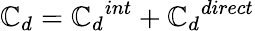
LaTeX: \mathbb{C}_{d}={\mathbb{C}_{d}}^{int}+{\mathbb{C}_{d}}^{direct}